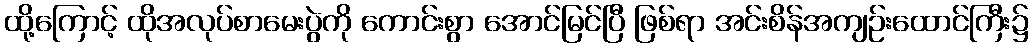
ထို့ကြောင့် ထိုအလုပ်စာမေးပွဲကို ကောင်းစွာ အောင်မြင်ပြီ ဖြစ်ရာ အင်းစိန်အကျဉ်းထောင်ကြီး၌